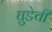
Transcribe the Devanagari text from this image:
घुडेची